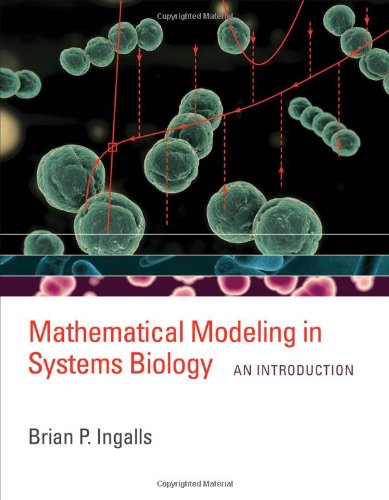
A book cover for Mathematical Modeling in Systems Biology: An Introduction; Brian P. Ingalls; Science & Math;